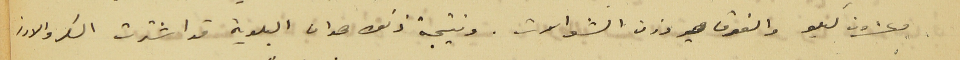
وعشرون كيلو والفرق هو وزن الشوالات. ونتيجة ذلك هو ان البلدية قد اشترت السكر والارز